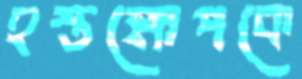
হস্তক্ষেপকে